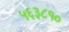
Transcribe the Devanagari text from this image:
५६३८१०